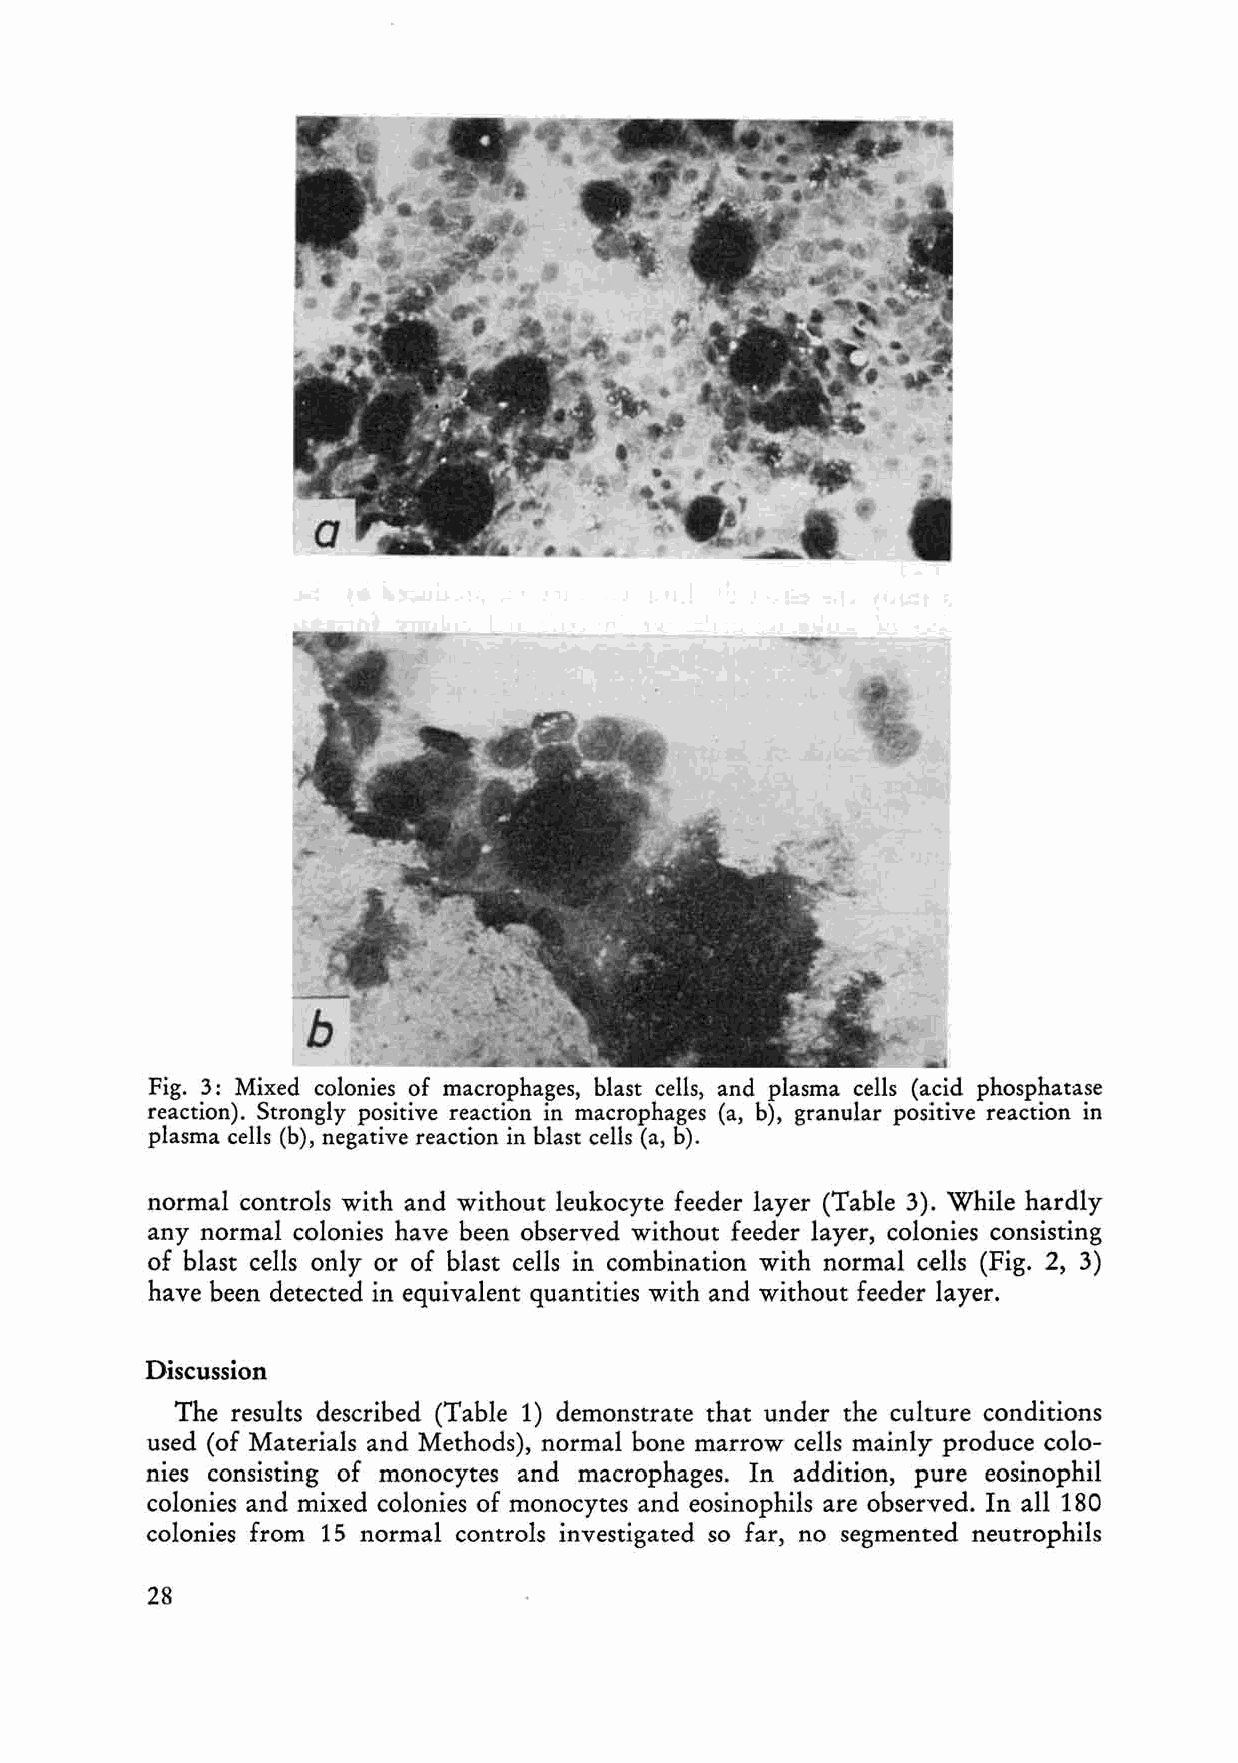
Fig. 3: Mixed colonies of macrophages, blast cells, and plasma cells (acid phosphatase
 reaction). Strongly positive re action in macrophages (a, b), granular positive re action in
 plasma cells (b), negative reaction in blast cells (a, b).
 normal controls with and without leukocyte fee der layer (Table 3). While hardly
 any normal colonies have been observed without feeder layer, colonies consisting
 of blast cells only or of blast cells in combination with normal cells (Fig. 2, 3)
 have been detected in equivalent quantities with and without feeder layer.
 Discussion
 The results described (Table 1) demonstrate that under the culture conditions
 used (of Materials and Methods), normal bone marrow cells mainly produce colo
 nies consisting of monocytes and macrophages. In addition, pure eosinophil
 colonies and mixed colonies of monocytes and eosinophils are observed. In all 180
 colonies from 15 normal controls investigated so far, no segmented neutrophils
 28